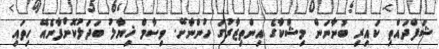
ޝަފްދައްތި ކައިރި ބުނާނަން މިޝްކާގެ އިންތިޒާރުގަ ހުންނާށޭ. ވިސާމް ޚިޔާލު ބަދަލުކޮށްފާނެއޭ ހިތައި